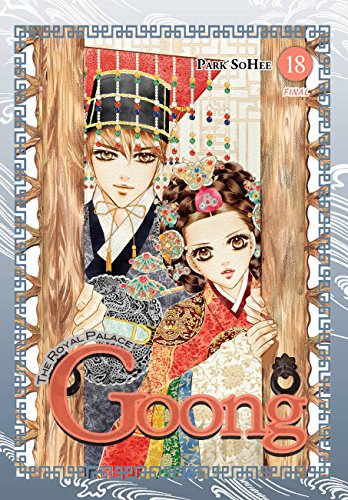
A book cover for Goong, Vol. 18: The Royal Palace; Teen & Young Adult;